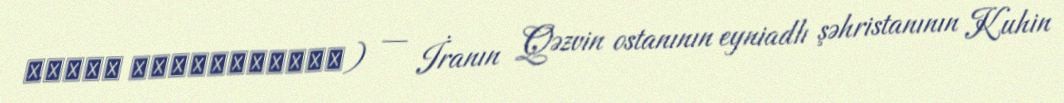
بهرام ابادقاقازان) — İranın Qəzvin ostanının eyniadlı şəhristanının Kuhin